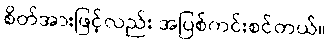
စိတ်အားဖြင့်လည်း အပြစ်ကင်းစင်တယ်။